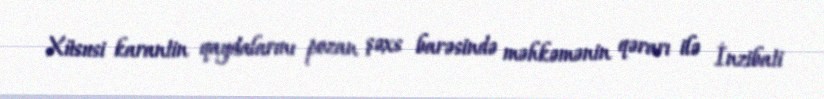
Xüsusi karantin qaydalarını pozan şəxs barəsində məhkəmənin qərarı ilə İnzibati